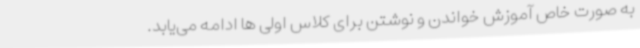
به صورت خاص آموزش خواندن و نوشتن برای کلاس اولی ها ادامه می‌یابد.